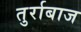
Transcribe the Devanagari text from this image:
तुर्राबाज